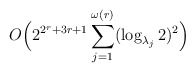
\begin{align*}O\Big(2^{2^r + 3r + 1} \sum_{j=1}^{\omega(r)} (\log_{\lambda_j} 2)^2\Big)\end{align*}